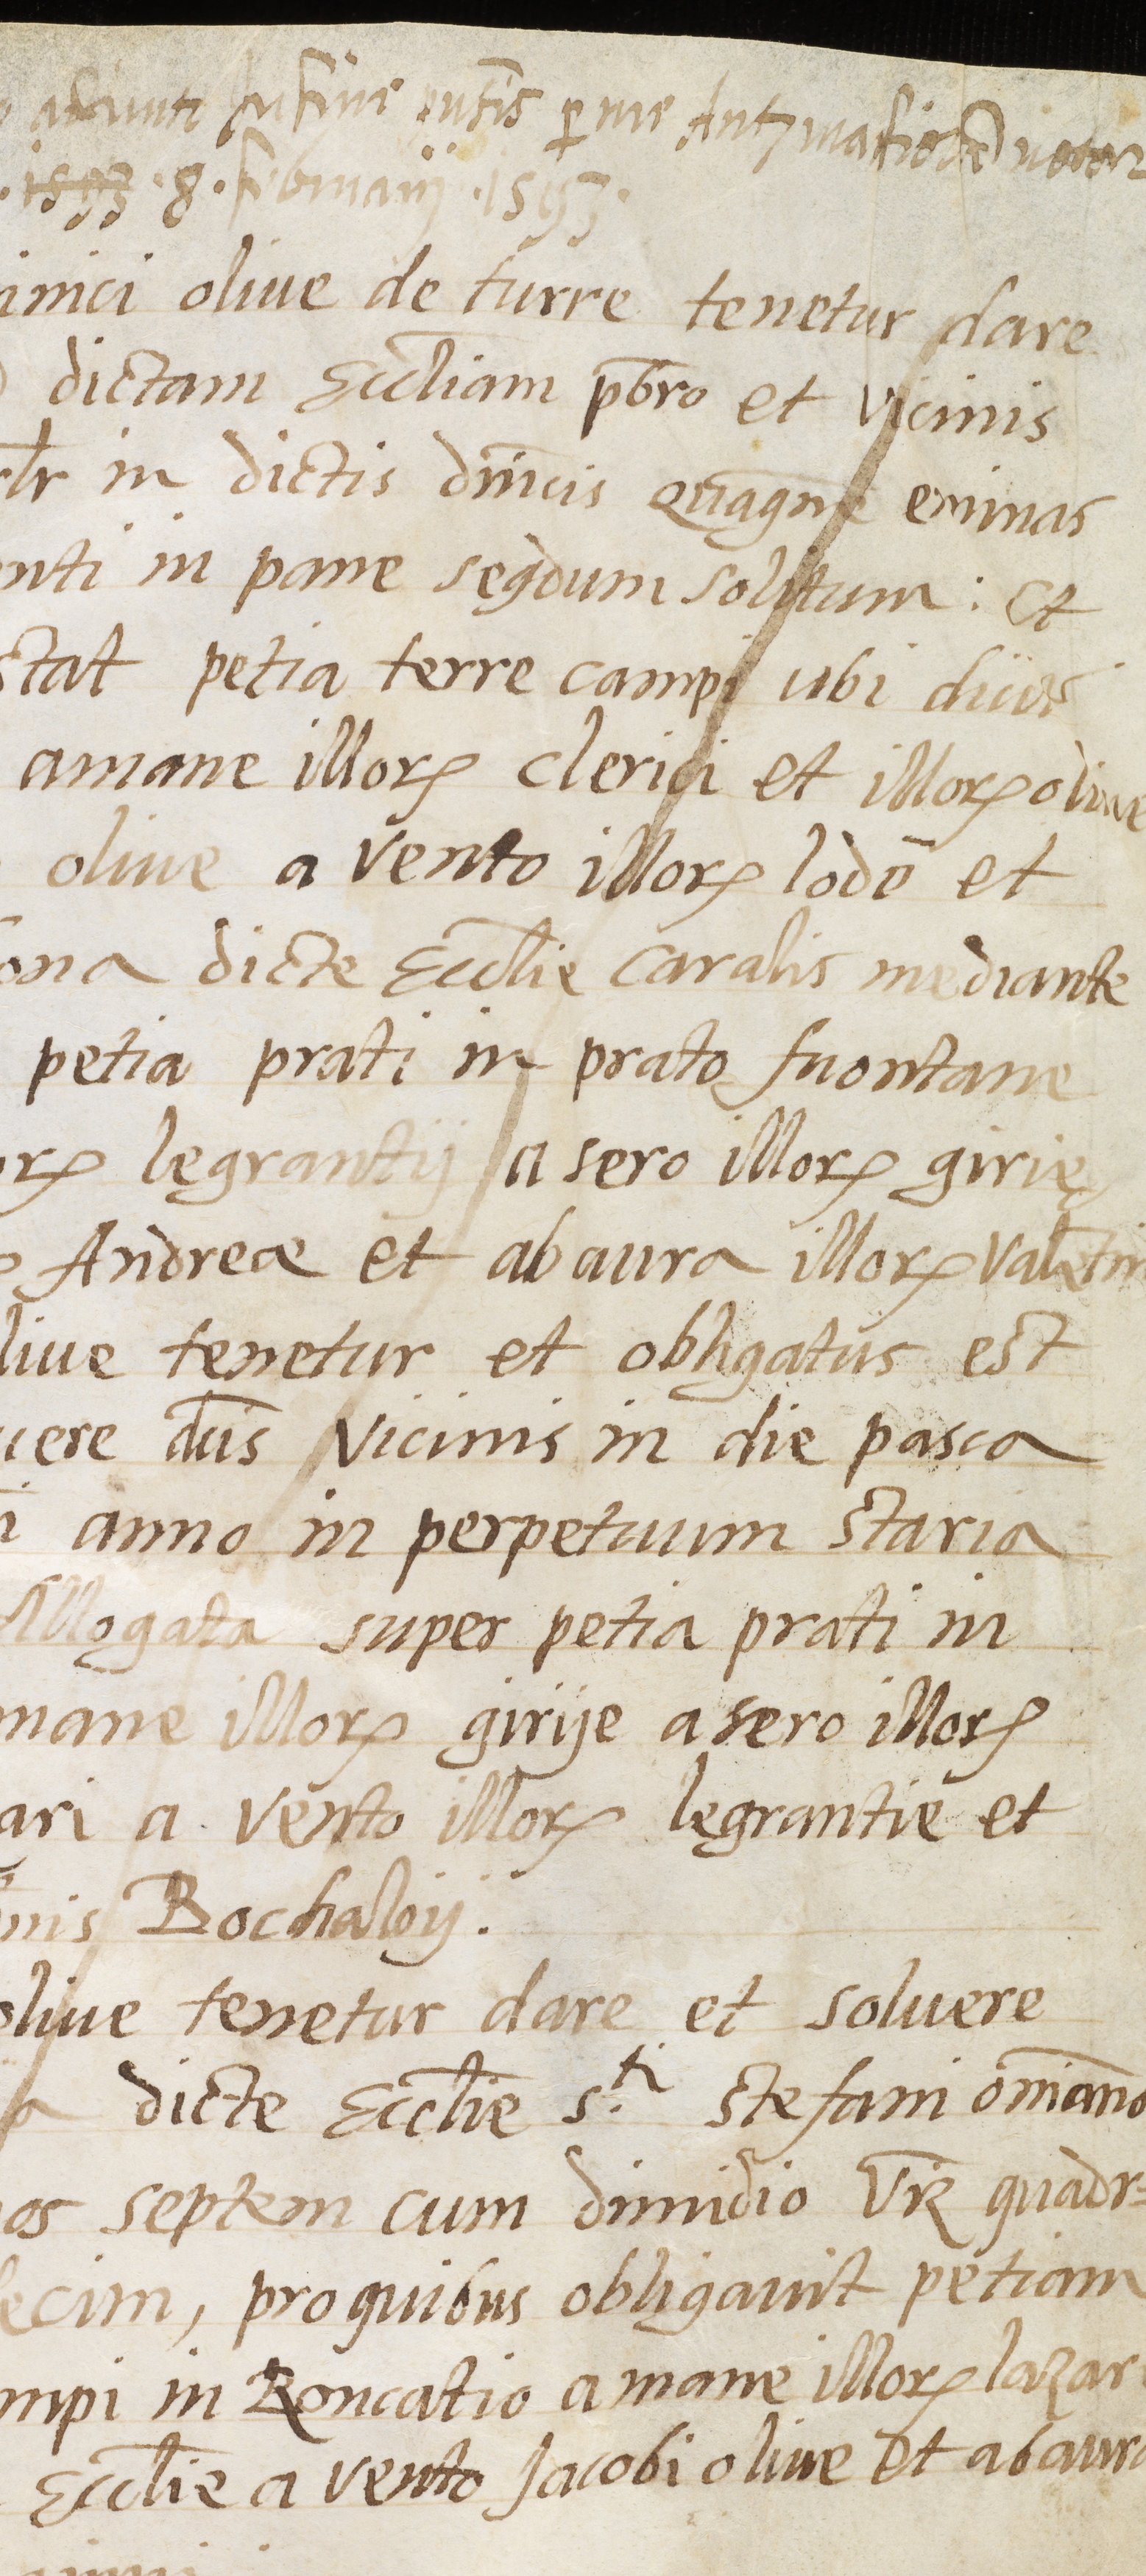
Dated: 1568–1593